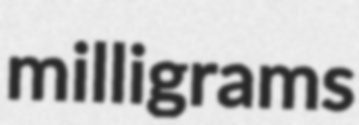
milligrams